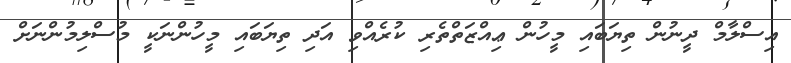
އިސްލާމް ދީނުން ތިޔަބައި މީހުން ޢިއްޒަތްތެރި ކުރެއްވި އަދި ތިޔަބައި މީހުންނަކީ މުސްލިމުންނަށް